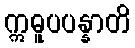
ဣဓူပပန္နာတိ